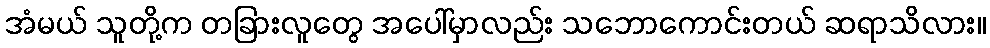
အံမယ် သူတို့က တခြားလူတွေ အပေါ်မှာလည်း သဘောကောင်းတယ် ဆရာသိလား။